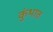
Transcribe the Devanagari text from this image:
कुंभात